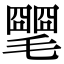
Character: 𣰡